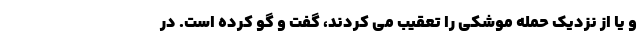
و یا از نزدیک حمله موشکی را تعقیب می کردند، گفت و گو کرده است. در